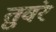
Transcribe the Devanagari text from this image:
तुवंर